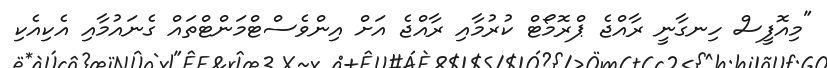
"މިއޮފީސް ހިނގާނީ ރާއްޖެ ޕްރޮމޯޓް ކުރުމާއި ރާއްޖެ އަށް އިންވެސްޓްމަންޓްތައް ގެނައުމާއި އެކިއެކި